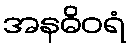
အနဓိဝရံ